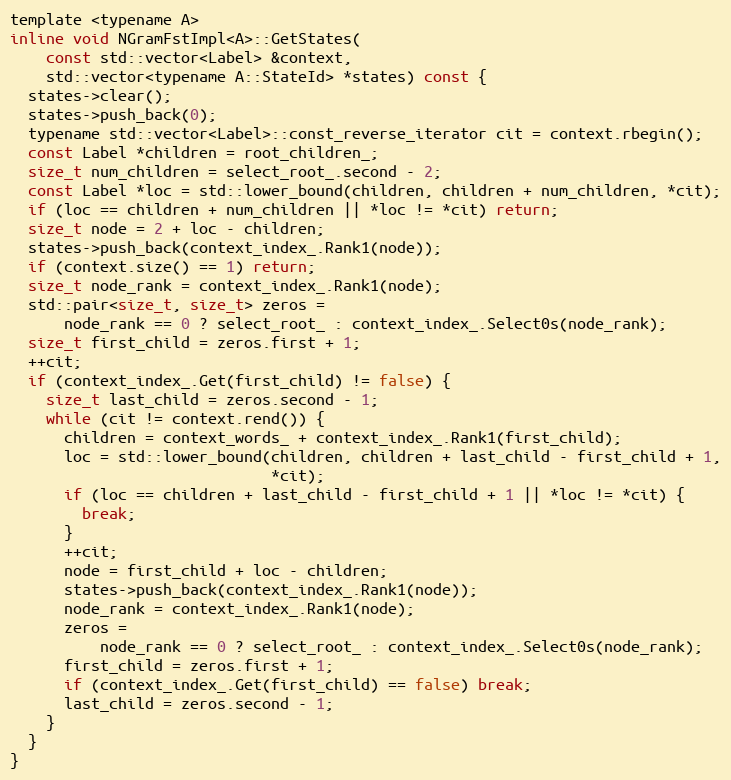
Language: C
template <typename A>
inline void NGramFstImpl<A>::GetStates(
    const std::vector<Label> &context,
    std::vector<typename A::StateId> *states) const {
  states->clear();
  states->push_back(0);
  typename std::vector<Label>::const_reverse_iterator cit = context.rbegin();
  const Label *children = root_children_;
  size_t num_children = select_root_.second - 2;
  const Label *loc = std::lower_bound(children, children + num_children, *cit);
  if (loc == children + num_children || *loc != *cit) return;
  size_t node = 2 + loc - children;
  states->push_back(context_index_.Rank1(node));
  if (context.size() == 1) return;
  size_t node_rank = context_index_.Rank1(node);
  std::pair<size_t, size_t> zeros =
      node_rank == 0 ? select_root_ : context_index_.Select0s(node_rank);
  size_t first_child = zeros.first + 1;
  ++cit;
  if (context_index_.Get(first_child) != false) {
    size_t last_child = zeros.second - 1;
    while (cit != context.rend()) {
      children = context_words_ + context_index_.Rank1(first_child);
      loc = std::lower_bound(children, children + last_child - first_child + 1,
                             *cit);
      if (loc == children + last_child - first_child + 1 || *loc != *cit) {
        break;
      }
      ++cit;
      node = first_child + loc - children;
      states->push_back(context_index_.Rank1(node));
      node_rank = context_index_.Rank1(node);
      zeros =
          node_rank == 0 ? select_root_ : context_index_.Select0s(node_rank);
      first_child = zeros.first + 1;
      if (context_index_.Get(first_child) == false) break;
      last_child = zeros.second - 1;
    }
  }
}